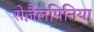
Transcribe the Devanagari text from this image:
सेज़ैलपिनिया